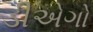
ડીએગો